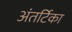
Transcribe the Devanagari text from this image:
अंतर्टिका